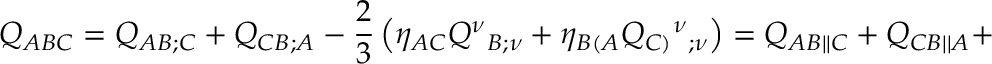
{ \cal Q } _ { A B C } = Q _ { A B ; C } + Q _ { C B ; A } - \frac 2 3 \left( \eta _ { A C } Q ^ { \nu } { _ { B ; \nu } } + \eta _ { B ( A } Q _ { C ) } { ^ \nu } { _ { ; \nu } } \right) = { Q } _ { A B | | C } + { Q } _ { C B | | A } +